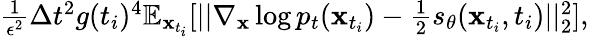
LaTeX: \begin{array}{r}{\frac{1}{\epsilon^{2}}\Delta t^{2}g(t_{i})^{4}\mathbb{E}_{\mathbf{x}_{t_{i}}}[||\nabla_{\mathbf{x}}\log p_{t}(\mathbf{x}_{t_{i}})-\frac{1}{2}s_{\theta}(\mathbf{x}_{t_{i}},t_{i})||_{2}^{2}],}\end{array}